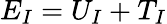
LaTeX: E_{I}=U_{I}+T_{I}